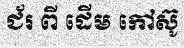
ជ័រ ពី ដើម កៅស៊ូ